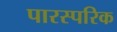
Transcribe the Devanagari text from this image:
पारस्‍परिक